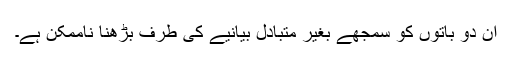
ان دو باتوں کو سمجھے بغیر متبادل بیانیے کی طرف بڑھنا ناممکن ہے۔